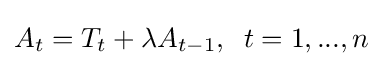
A_{t}=T_{t}+\lambda A_{t-1},\;\;t=1,...,n